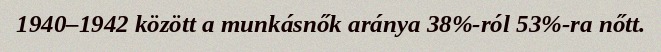
1940–1942 között a munkásnők aránya 38%-ról 53%-ra nőtt.